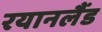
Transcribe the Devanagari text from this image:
रयानलैंड